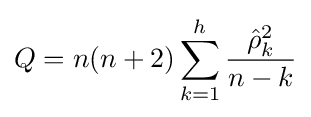
Q=n(n+2)\sum _{k=1}^{h}{\frac {{\hat {\rho }}_{k}^{2}}{n-k}}